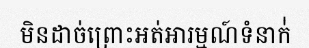
មិនដាច់ព្រោះអត់អារម្មណ៍ទំនាក់់